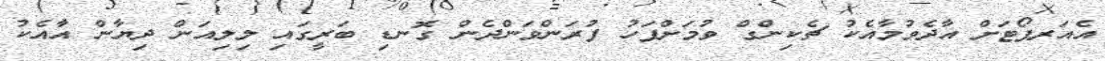
އެއަރޕޯޓަށް އާދެވުމާއެކު ޗެކިންގް ވުމަށްފަހު ފުރަންވަންދެން ގޮނޑި ބަރީގައި ލިލިއަން ދިޔާން އާއެކު